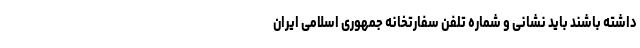
داشته باشند باید نشانی و شماره تلفن سفارتخانه جمهوری اسلامی ایران